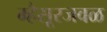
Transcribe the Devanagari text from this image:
म्हैसूरजवळ